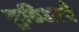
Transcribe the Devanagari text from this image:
सुठिआएँ